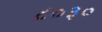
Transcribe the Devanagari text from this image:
८०३०